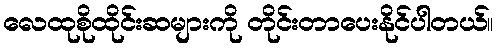
လေထုစိုထိုင်းဆများကို တိုင်းတာပေးနိုင်ပါတယ်။